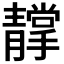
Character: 𩇢